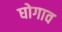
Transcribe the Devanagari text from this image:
घोगाव